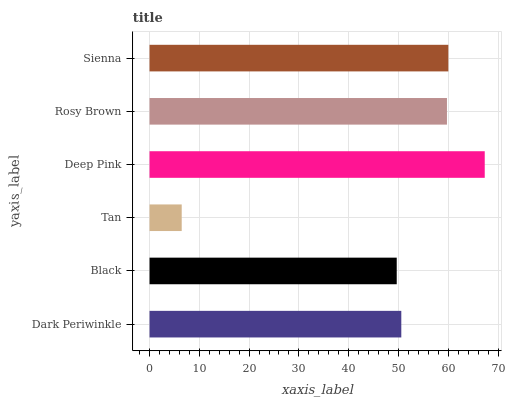
| yaxis_label | bars |
 | --- | --- |
 | Dark Periwinkle | 50.6 |
 | Black | 49.7 |
 | Tan | 6.46 |
 | Deep Pink | 67.3 |
 | Rosy Brown | 59.7 |
 | Sienna | 60 |